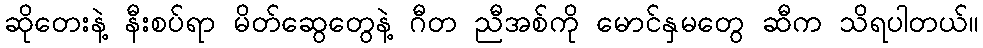
ဆိုတေးနဲ့ နီးစပ်ရာ မိတ်ဆွေတွေနဲ့ ဂီတ ညီအစ်ကို မောင်နှမတွေ ဆီက သိရပါတယ်။